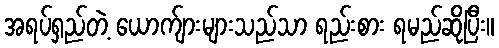
အရပ်ရှည်တဲ့ ယောက်ျားများသည်သာ ရည်းစား ရမည်ဆိုပြီး။